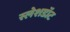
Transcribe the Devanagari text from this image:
स्लेशडॉट